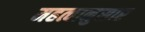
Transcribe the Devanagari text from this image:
महत्वानुसार